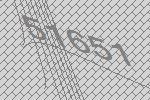
51651